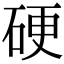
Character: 硬